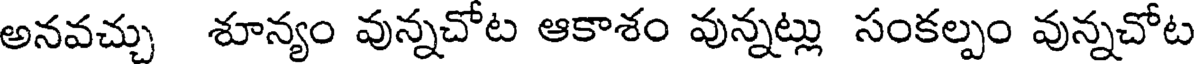
అనవచ్చు శూన్యం వున్నచోట ఆకాశం వున్నట్లు సంకల్పం వున్నచోట